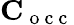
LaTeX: \mathbf C_{\mathrm{~o~c~c~}}